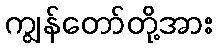
ကျွန်တော်တို့အား